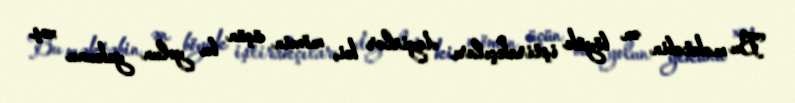
Bu məktəbin ən böyük iştirakçıları deyirlər ki, mömin üçün bu yolun yekunu xoş